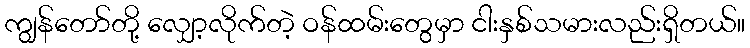
ကျွန်တော်တို့ လျှော့လိုက်တဲ့ ဝန်ထမ်းတွေမှာ ငါးနှစ်သမားလည်းရှိတယ်။